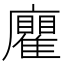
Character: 𢌄